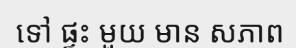
ទៅ ផ្ទះ មួយ មាន សភាព